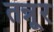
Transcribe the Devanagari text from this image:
तन्नूर